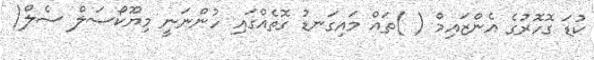
ކުޑަ ގޮހޮރުގެ އެންޒައިމް ( )ތައް މައިގަނޑު ގޮތެއްގައި ހުންނަނީ މިޔޫކޯސަލް ސެލް(